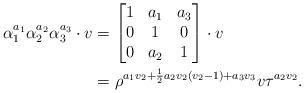
LaTeX: \begin{align*}\alpha_{1}^{a_{1}}\alpha_{2}^{a_{2}}\alpha_{3}^{a_{3}}\cdot v&=\begin{bmatrix} 1 & a_{1} & a_{3}\\ 0 & 1 & 0 \\ 0 & a_{2} & 1 \end{bmatrix}\cdot v \\&=\rho^{a_{1}v_{2}+\frac{1}{2}a_{2}v_{2}\left(v_{2}-1\right)+a_{3}v_{3}}v\tau^{a_{2}v_{2}}.\end{align*}